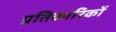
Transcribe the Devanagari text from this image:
प्रतिकारिकों